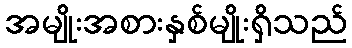
အမျိုးအစားနှစ်မျိုးရှိသည်